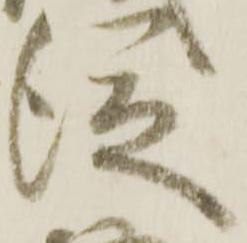
従